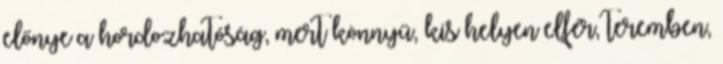
előnye a hordozhatóság, mert könnyű, kis helyen elfér, teremben,